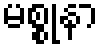
မစ္စုနာ